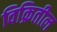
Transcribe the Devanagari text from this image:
विक्रितील